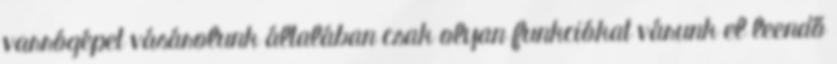
varrógépet vásárolunk általában csak olyan funkciókat várunk el leendő